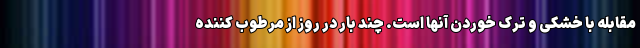
مقابله با خشکی و ترک خوردن آنها است. چند بار در روز از مرطوب کننده